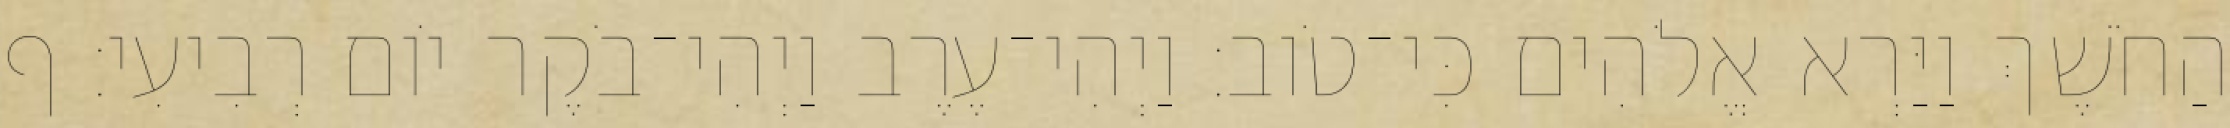
הַחֹשֶׁךְ וַיַּרְא אֱלֹהִים כִּי־טֹוב׃ וַיְהִי־עֶרֶב וַיְהִי־בֹקֶר יֹום רְבִיעִי׃ ף